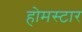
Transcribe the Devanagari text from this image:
होमस्टार